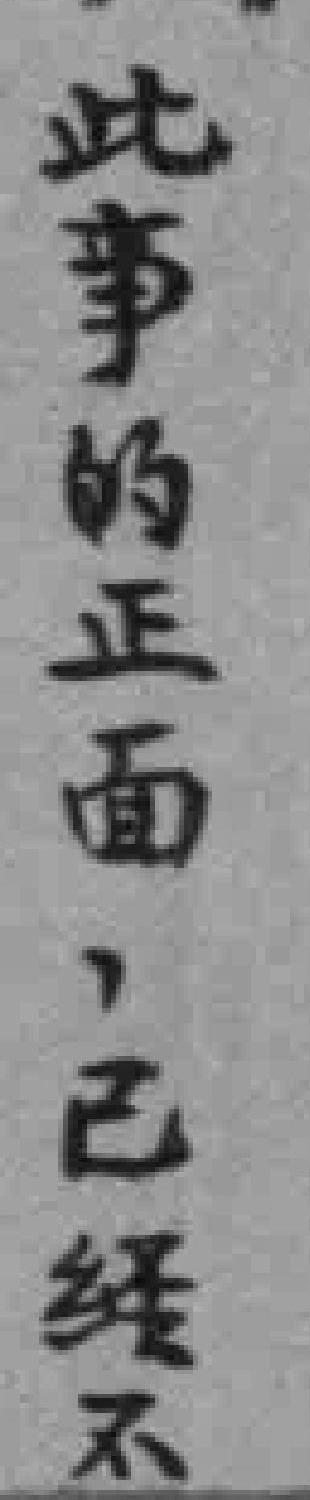
此事的正面，已经不